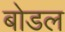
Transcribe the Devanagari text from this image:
बोडल